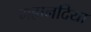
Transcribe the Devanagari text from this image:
महानदिया